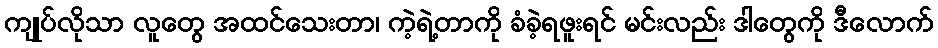
ကျုပ်လိုသာ လူတွေ အထင်သေးတာ၊ ကဲ့ရဲ့တာကို ခံခဲ့ရဖူးရင် မင်းလည်း ဒါတွေကို ဒီလောက်